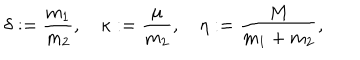
\delta : = \frac { m _ { 1 } } { m _ { 2 } } , \quad \kappa : = \frac { \mu } { m _ { 2 } } , \quad \eta : = \frac { M } { m _ { 1 } + m _ { 2 } } ,